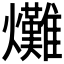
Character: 𤓌